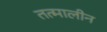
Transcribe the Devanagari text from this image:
तत्मालीन